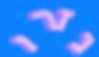
נזרו